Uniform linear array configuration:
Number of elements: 48
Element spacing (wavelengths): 1
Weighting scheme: exponential
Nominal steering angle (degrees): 0
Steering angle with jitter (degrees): -1.95
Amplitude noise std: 0.05
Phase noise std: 0.05

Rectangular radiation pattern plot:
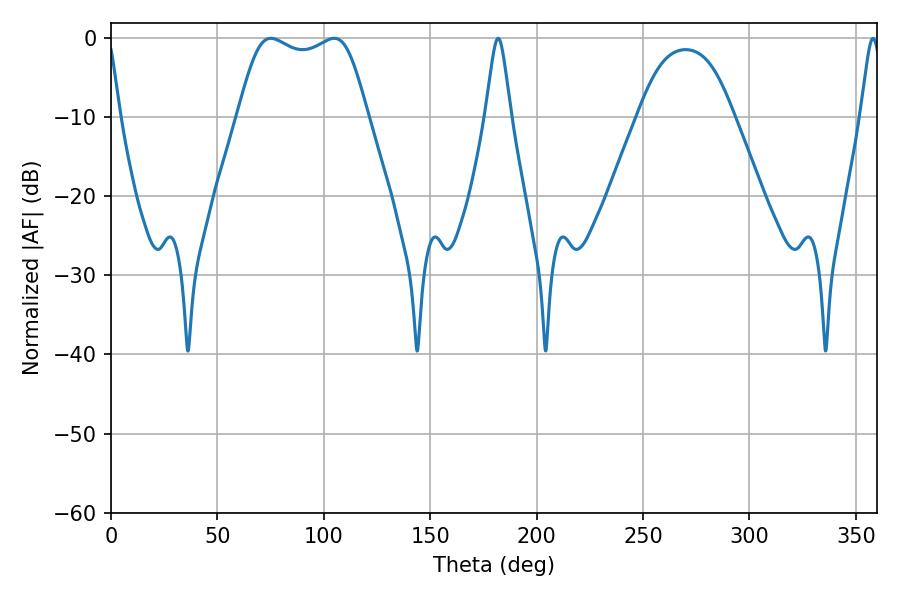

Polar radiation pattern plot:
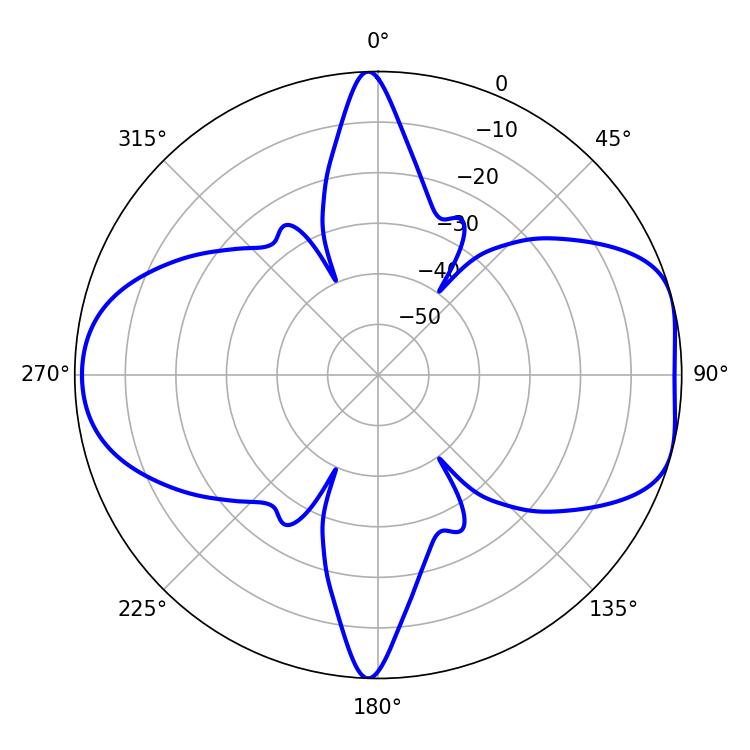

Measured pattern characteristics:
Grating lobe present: TRUE
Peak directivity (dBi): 7.446
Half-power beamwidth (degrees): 47.16
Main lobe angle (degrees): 75.06